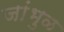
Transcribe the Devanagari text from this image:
जांभुळ